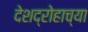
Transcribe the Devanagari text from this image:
देशद्रोहाच्या